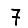
Digit: 7